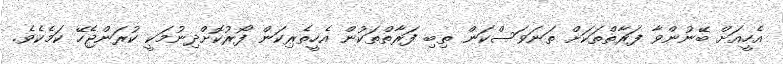
އެހީއަށް ބޭނުންވާ ފަރާތްތަކަށް ތަނަވަސްކަން ތިބި ފަރާތްތަކުން އެހީތެރިކަން ފޯރުކޮށްދިނުމަކީ ކުރަންޖެހޭ ކަމެކެވެ.